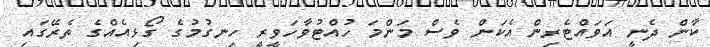
ކާން ދެނީ އަވައްޓެރިން އެކަން ވެސް މަންމަ ހުއްޓުވާހަވީރީ ހިނގުމުގެ ގޯޅިއެއްގެ ތެރޭގައި